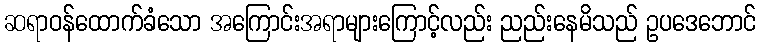
ဆရာဝန်ထောက်ခံသော အကြောင်းအရာများကြောင့်လည်း ညည်းနေမိသည် ဥပဒေဘောင်